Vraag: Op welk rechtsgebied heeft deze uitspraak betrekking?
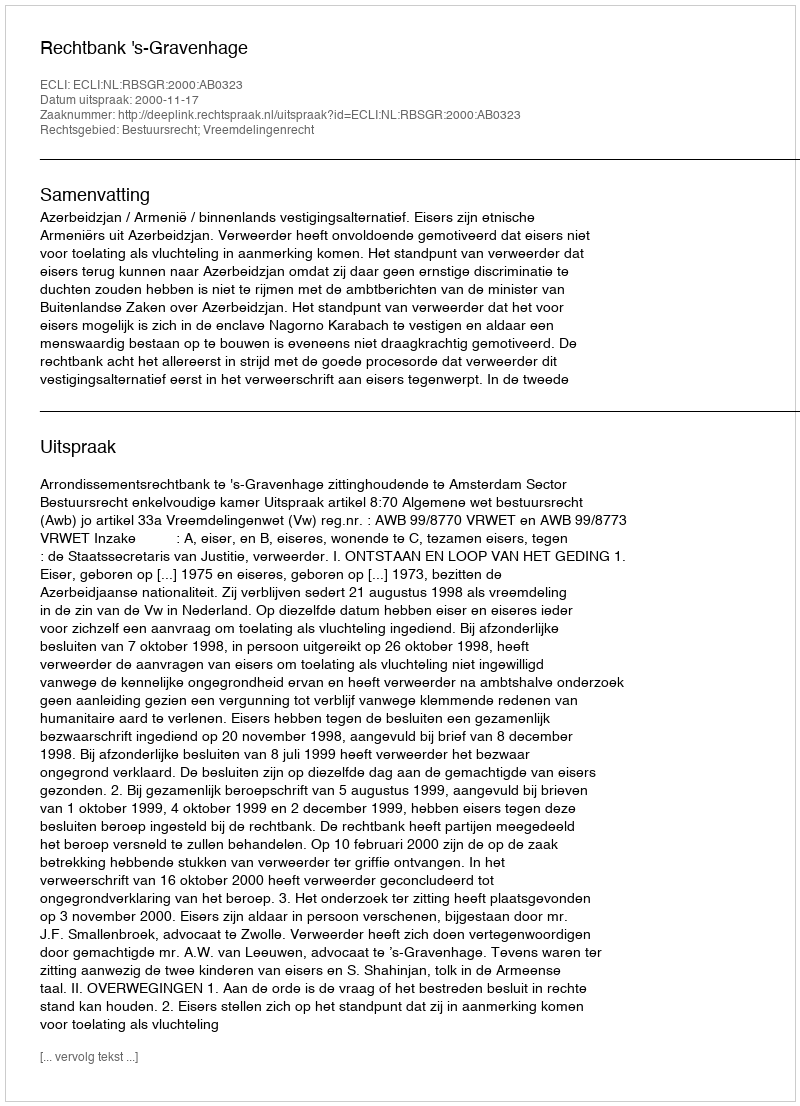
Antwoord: Bestuursrecht; Vreemdelingenrecht